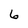
Character: 6